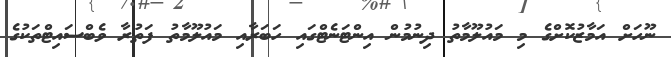
ނޫހަށް އަމާޒުކޮށްގެ މި މައުލޫމާތު ދިނުމުން އިންޓަނެޓްގައި ހަބަރާއި މައުލޫމާތު ފަތުރާ ވެބްސައިޓްތަކުގެ